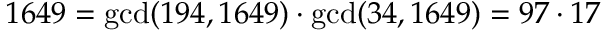
1 6 4 9 = \operatorname* { g c d } ( 1 9 4 , 1 6 4 9 ) \cdot \operatorname* { g c d } ( 3 4 , 1 6 4 9 ) = 9 7 \cdot 1 7